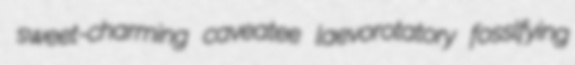
sweet-charming caveatee laevorotatory fosslfying